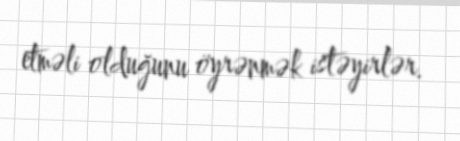
etməli olduğunu öyrənmək istəyirlər.